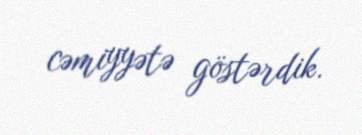
cəmiyyətə göstərdik.